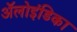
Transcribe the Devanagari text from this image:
ॲलोइंडिका